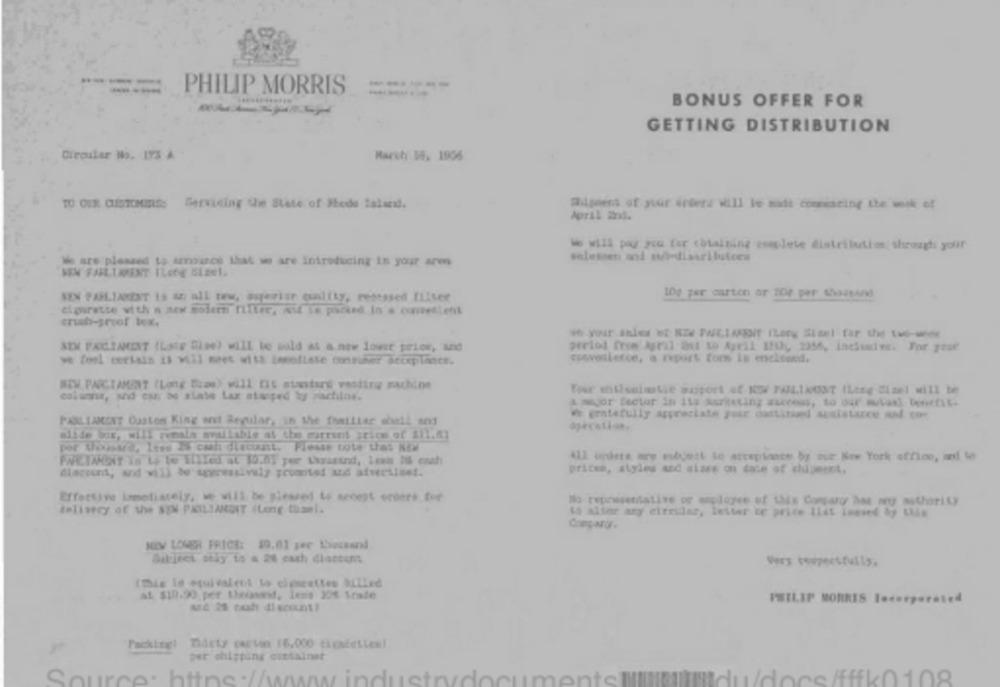
-----
PHILIP MORRIS
BONUS OFFER FOR
GETTING DISTRIBUTION
Circular No. ITS A
March 19, 1906
TO OUR CUSTOHIRES Servicing the State of Fode laluna.
Ailpment of yvar érdera will be made compencing the work of
We will pay you for cotaining esaplete distribution, shrough your
salesset and wiediasrilufor
We are pleased to announce That we are introducing in your ares
SEX FAILTAPENT ILong SLzel.
10g per carton ar Bor per thousand
NEN PARLIAMENT 15 & all tes, superior quality, rettssed fülsee
elpratse with a new modern filter, wie is packed In & comesient
eruh-proof tex.
SIM PERIMENT (Lasg Blee) will be sold at a new lowit prior, and
perlod from April au w Ayril Ifth 1356, incluiet. For your
ve forl certain it will meet with immediate contiher acceplince.
cowwventerce, a report for Is enelsend.
NEW PARTAMENT (Long Bias) will fit atantare vesting machine
columns, and can be zlate Lax stuped ty rischioe.
4 mgor fectar in its asresting success, to our mutax benefit.
Ve imatefully appreciate perdontit assistance - to
PARLIAMENT Custom King ant Regular, in the fhaiLiac shall ens
mlide box, will remain available at the current price of $11.61
per thouswe, Itis 24 cash discount. Please note that NEW
PWPCTWENT To to te Ellled at 10.Ny per thousand, Leen IS cush
prices, styles and sizes on tace of shipment,
Effective Imotiately, we will be pleased to scoet ordets for
No representative or employee of this Comparor Not wno authority
telisecy of the SEN PAILIANGIT (Long tüzel.
to alter ary circular, letter ce price Ilat lonsed by this
Comparar.
NEW LOWER PRICE: $0.01 per thousand
Subjret ssky to a 24 cash dlaccems
Vers towpectfulls,
(Bis Is equivalent to clesrettes ELLLed
at $10.90 per theonand, lens 354 Stale
PHILIP MORRIS Incorporated
ALE 25 catah discounts
Packing: Tidety caetan (6,000 ticsfetten]
per chipping cittainet
Source: https://www.industrydocumentsllll